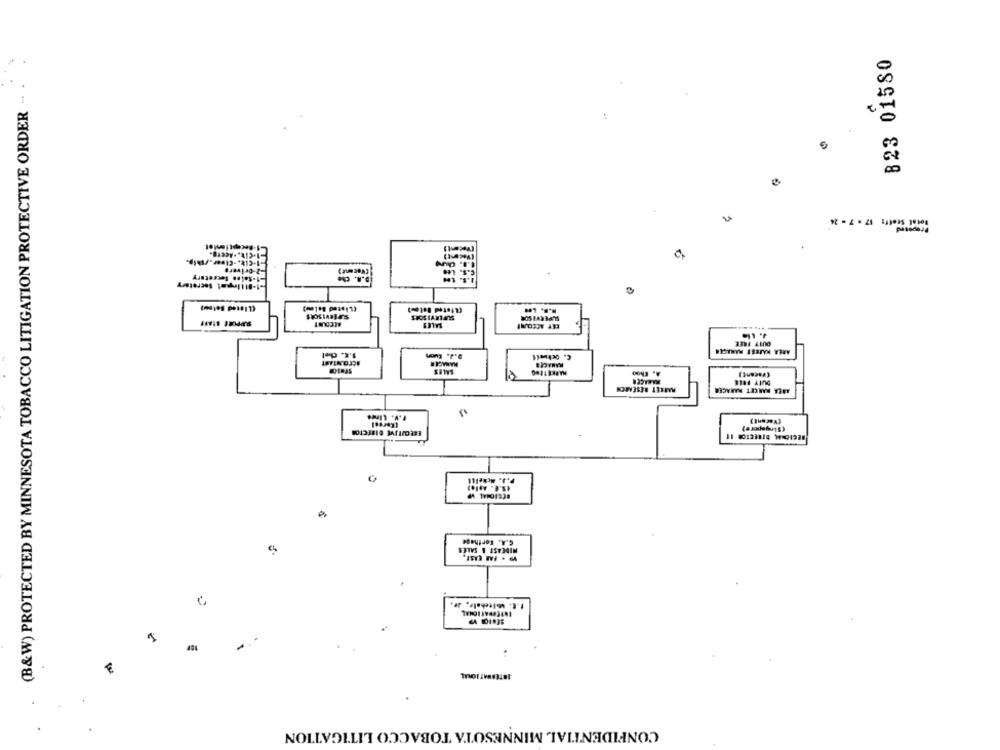
B23 01580
25
(B&W) PROTECTED BY MINNESOTA TOBACCO LITIGATION PROTECTIVE ORDER
00
-1-CIE. . Acerp.
2-orivers
-1-sales Secretary
D.R. CM
-1-BilIngat Secretary
(Listed Below)
SPOSIAMIANS
DUIT FREE
C. Ockwell
(Vacant)
EXECUTIVE DIRECTOR
(S.E. Aplo?
C.A. Forthese
E. Whitehale, Jr.
INTERNATIONAL
€
CONFIDENTIAL MINNESOTA TOBACCO LITIGATION